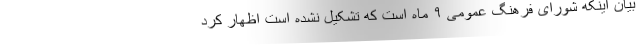
بیان اینکه شورای فرهنگ عمومی ۹ ماه است که تشکیل نشده است اظهار کرد